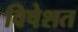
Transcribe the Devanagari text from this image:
विषेशत